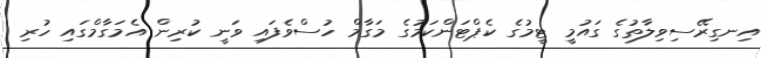
އިނގިރޭސިވިލާތުގެ ގައުމީ ޓީމުގެ ކެޕްޓަންކަމުގެ މަގާމް ހުސްވެފައި ވަނީ ކުރިން އެމަގާމްގައި ހުރި